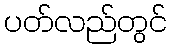
ပတ်လည်တွင်